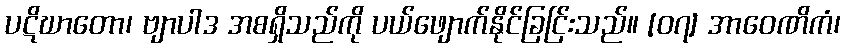
ပဋိဃာတော၊ ဗျာပါဒ အစရှိသည်ကို ပယ်ဖျောက်နိုင်ခြင်ြးသည်။ [၀၇] အာဝေဏိကံ၊